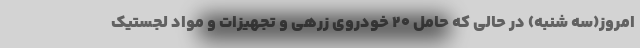
امروز(سه شنبه) در حالی که حامل ۲۰ خودروی زرهی و تجهیزات و مواد لجستیک